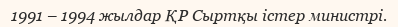
1991 – 1994 жылдар ҚР Сыртқы істер министрі.